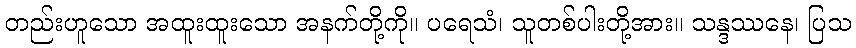
တည်းဟူသော အထူးထူးသော အနက်တို့ကို။ ပရေသံ၊ သူတစ်ပါးတို့အား။ သန္ဒဿနေ၊ ပြသ